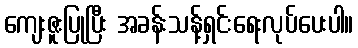
ကျေးဇူးပြုပြီး အခန်းသန့်ရှင်းရေးလုပ်ပေးပါ။